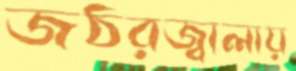
জঠরজ্বালায়